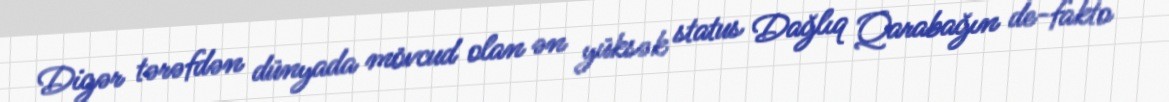
Digər tərəfdən dünyada mövcud olan ən yüksək status Dağlıq Qarabağın de-fakto